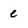
Character: e